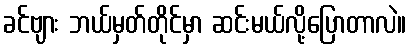
ခင်ဗျား ဘယ်မှတ်တိုင်မှာ ဆင်းမယ်လို့ပြောတာလဲ။